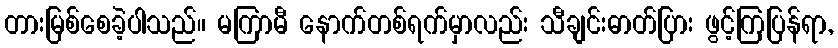
တားမြစ်စေခဲ့ပါသည်။ မကြာမီ နောက်တစ်ရက်မှာလည်း သီချင်းဓာတ်ပြား ဖွင့်ကြပြန်ရာ,